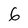
Character: 6